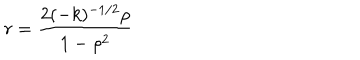
LaTeX: r = \frac { 2 ( - k ) ^ { - 1 / 2 } { \rho } } { 1 - { \rho } ^ { 2 } }